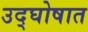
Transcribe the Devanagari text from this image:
उद्‌घोषात